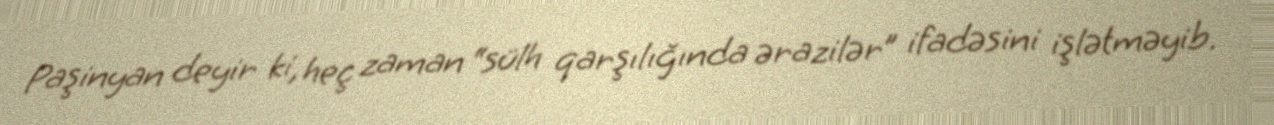
Paşinyan deyir ki, heç zaman “sülh qarşılığında ərazilər” ifadəsini işlətməyib.